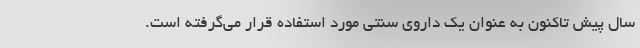
سال پیش تاکنون به عنوان یک داروی سنتی مورد استفاده قرار می‌گرفته است.